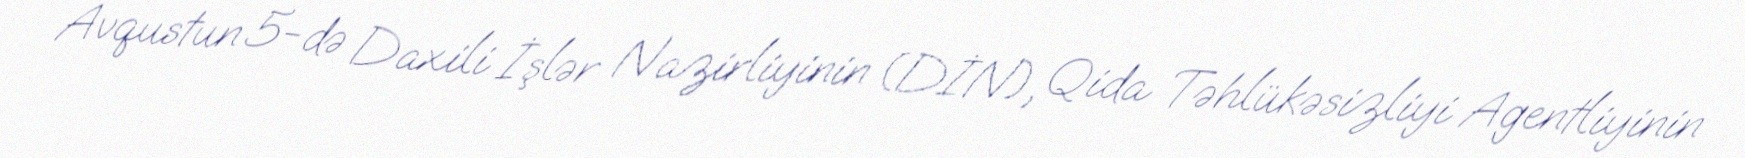
Avqustun 5-də Daxili İşlər Nazirliyinin (DİN), Qida Təhlükəsizliyi Agentliyinin